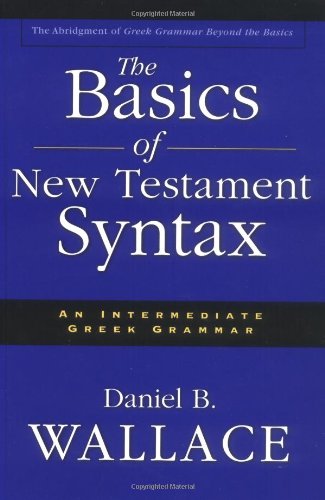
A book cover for Basics of New Testament Syntax, The; Daniel B. Wallace; Christian Books & Bibles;